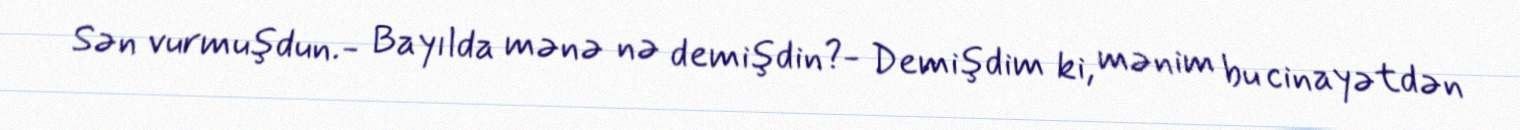
Sən vurmuşdun.- Bayılda mənə nə demişdin?- Demişdim ki, mənim bu cinayətdən